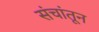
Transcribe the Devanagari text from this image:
संचांतून